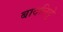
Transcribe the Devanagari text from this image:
बादलिट्टे